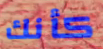
كأنك